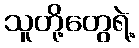
သူတို့တွေရဲ့